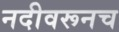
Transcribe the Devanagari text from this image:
नदीवरूनच